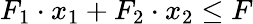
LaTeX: F_{1}\cdot x_{1}+F_{2}\cdot x_{2}\leq F